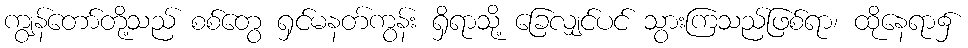
ကျွန်တော်တို့သည် စစ်တွေ ရှင်မနတ်ကွန်း ရှိရာသို့ ခြေလျှင်ပင် သွားကြသည်ဖြစ်ရာ၊ ထိုနေရာ၌